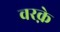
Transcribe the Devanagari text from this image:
वरक़े